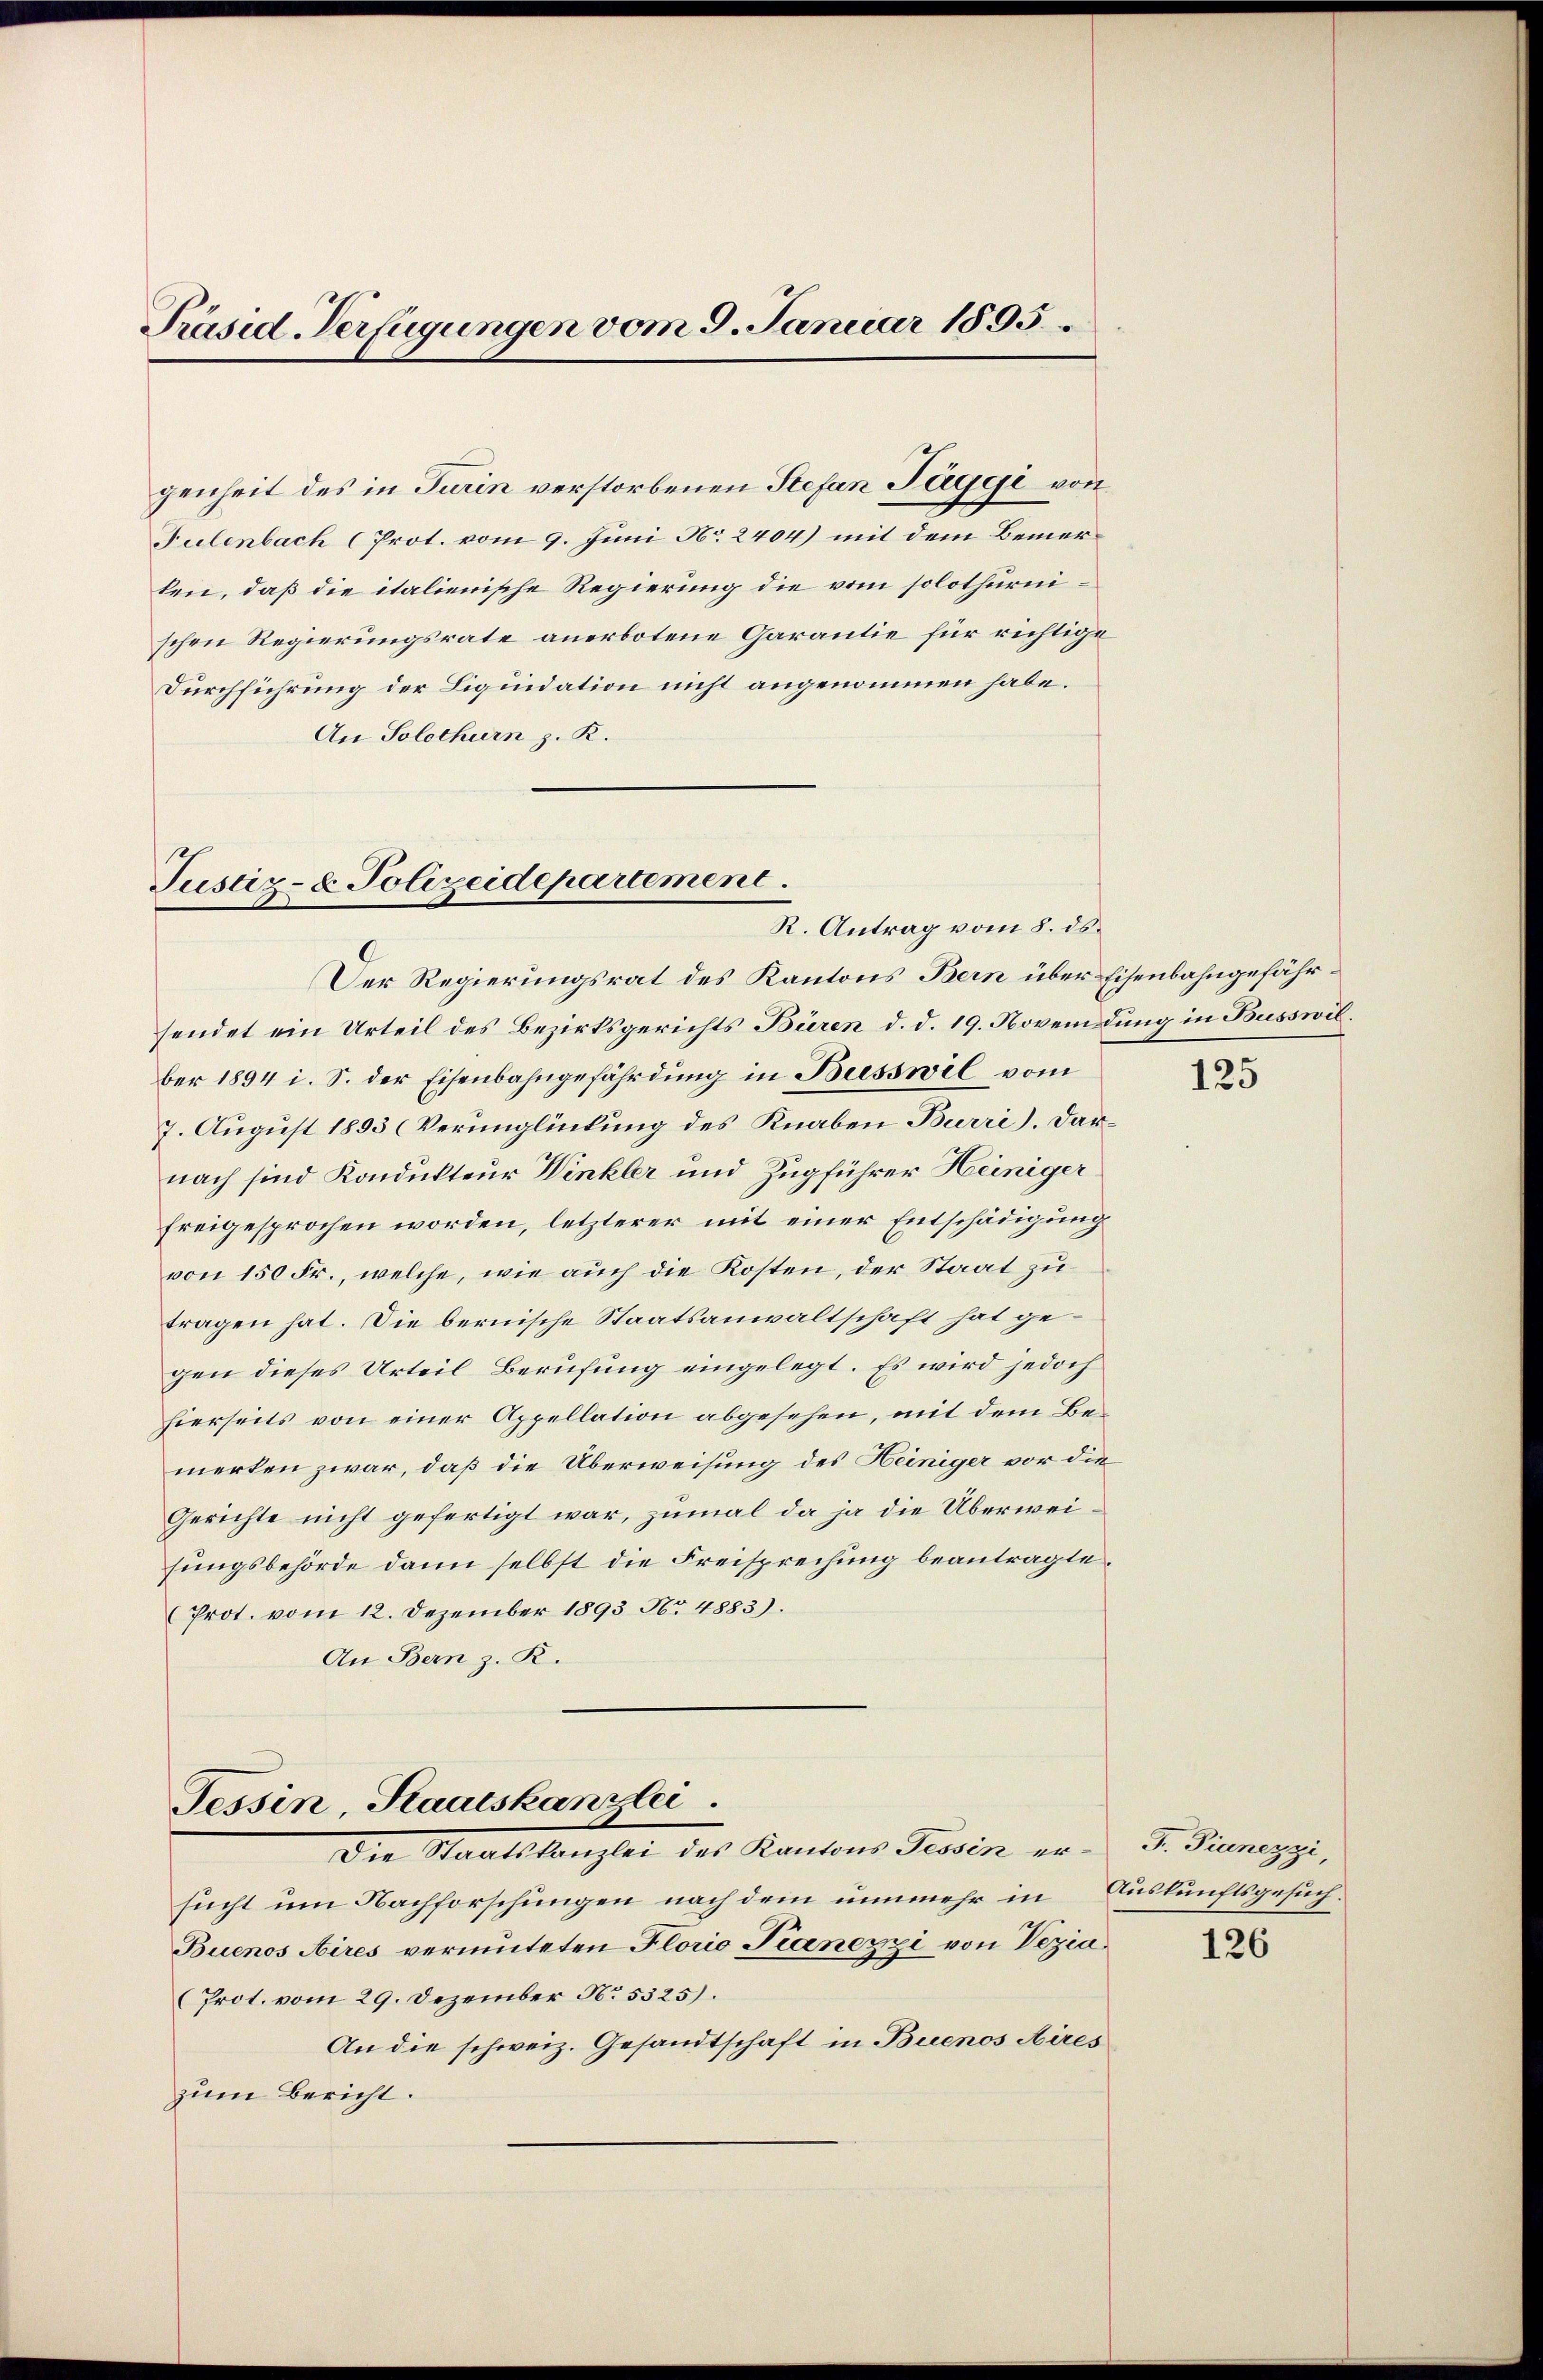
Präsid-Verfügungen vom 9. Januar 1895.

genheit des in Turin verstorbenen Stefan Tuggi von
Tulenbach (Prot. vom 9. Juni No. 2404) mit dem Bemerten, daß die italienische Regierung die vom solothurnischen Regierungsrate anerbotene Garantie für richtige
Durchführung der Liquidation nicht angenommen habe.
An Solothurn z. R.

Justiz- & Polizeidepartement.
R. Antrag vom 8. ds.

Der Regierungsrat des Kantons Bern über Eisenbahngefährsendet ein Urteil des Bezirksgerichts Büren d. d. 19. Novemdung in Busswil.
ber 1894 i. S. der Eisenbahngefährdung in Biesswil vom
7. August 1893 (Verunglückung des Knaben Burri). Darnach sind Kondukteur Winkler und Zugführer Heiniger
freigesprochen worden, letzterer mit einer Entschädigung
von 150 Fr., welche, wie auch die Kosten, der Staat zu
tragen hat. Die bernische Staatsanwaltschaft hat gegen dieses Urteil Berufung eingelegt. Es wird jedoch
hierseits von einer Appellation abgesehen, mit dem Bemerken zwar, daß die Überweisung des Heiniger vor die
Gerichte nicht gefertigt war, zumal da ja die Überweisungsbehörde dann selbst die Freisprechung beantragte¬
Prot. vom 12. Dezember 1893 No. 4883).
An Bern z. R.

Tessin, Staatskanzlei.
Die Staatskanzler des Kantons Provin er-

sucht um Nachforschungen nach dem nunmehr in Auskunftsgesuch.
Buenos Aires vermuteten Florio Peanezzi von Vezia¬
(Prot. vom 29. Dezember No. 5325).
An die schweiz. Gesandtschaft in Buenos Aires
zum Bericht.

125

F. Pianezzi,

126